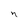
Character: n